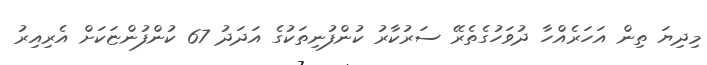
މިދިޔަ ތިން އަހަރެއްހާ ދުވަހުގެތެރޭ ސަރުކާރު ކުންފުނިތަކުގެ އަދަދު 67 ކުންފުންޏަކަށް އެރިއިރު